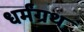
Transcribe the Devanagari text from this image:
धर्मंग्रथ